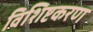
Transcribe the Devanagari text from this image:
विशिष्टकरण